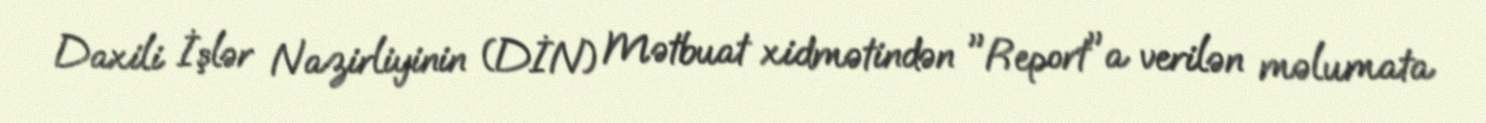
Daxili İşlər Nazirliyinin (DİN) Mətbuat xidmətindən "Report"a verilən məlumata